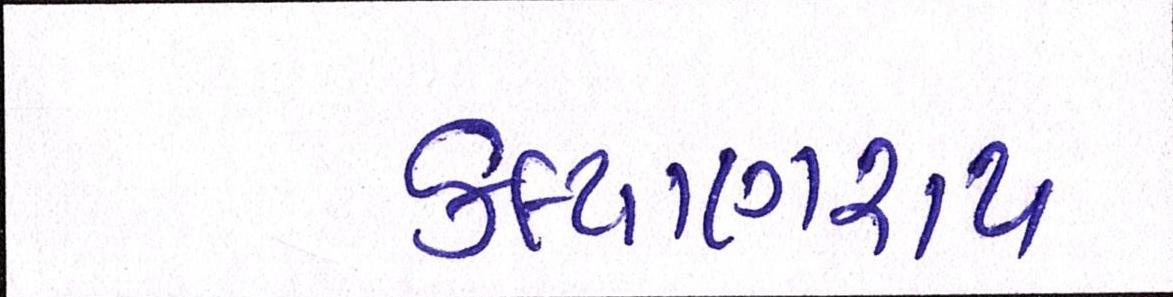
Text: કલ્યાણરાય